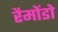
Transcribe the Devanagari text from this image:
रैमोंडो